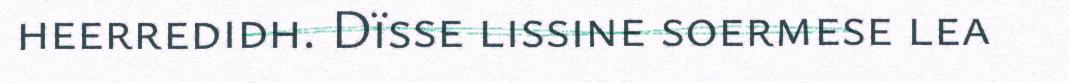
heerredidh. Dïsse lissine soermese lea